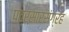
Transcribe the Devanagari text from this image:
पत्रसारसंग्रह